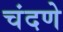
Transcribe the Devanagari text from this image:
चंदणे